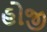
હોજી